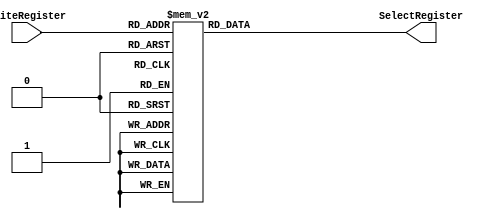
/******************************************************************
* Description
*	This a decoder used in the register file.
*	1.0
* Author:
*	Dr. Jos Luis Pizano Escalante
* email:
*	luispizano@iteso.mx
* Date:
*	01/03/2014
******************************************************************/
module DecoderRegisterFile
(
	input [4:0] WriteRegister,
	output [31:0] SelectRegister
);
reg [31:0] SelectRegister_reg;

always@(*)begin
	case(WriteRegister)
		0:   SelectRegister_reg = 32'b0000_0000_0000_0000_0000_0000_0000_0001;
		1:	  SelectRegister_reg = 32'b0000_0000_0000_0000_0000_0000_0000_0010;
		2:	  SelectRegister_reg = 32'b0000_0000_0000_0000_0000_0000_0000_0100;
		3:	  SelectRegister_reg = 32'b0000_0000_0000_0000_0000_0000_0000_1000;
		4:	  SelectRegister_reg = 32'b0000_0000_0000_0000_0000_0000_0001_0000;		
		5:	  SelectRegister_reg = 32'b0000_0000_0000_0000_0000_0000_0010_0000;
		6:	  SelectRegister_reg = 32'b0000_0000_0000_0000_0000_0000_0100_0000;
		7:	  SelectRegister_reg = 32'b0000_0000_0000_0000_0000_0000_1000_0000;
		8:	  SelectRegister_reg = 32'b0000_0000_0000_0000_0000_0001_0000_0000;
		9:	  SelectRegister_reg = 32'b0000_0000_0000_0000_0000_0010_0000_0000;
		10:  SelectRegister_reg = 32'b0000_0000_0000_0000_0000_0100_0000_0000;
		11:  SelectRegister_reg = 32'b0000_0000_0000_0000_0000_1000_0000_0000;
		12:  SelectRegister_reg = 32'b0000_0000_0000_0000_0001_0000_0000_0000;
		13:  SelectRegister_reg = 32'b0000_0000_0000_0000_0010_0000_0000_0000;
		14:  SelectRegister_reg = 32'b0000_0000_0000_0000_0100_0000_0000_0000;
		15:  SelectRegister_reg = 32'b0000_0000_0000_0000_1000_0000_0000_0000;
		16:  SelectRegister_reg = 32'b0000_0000_0000_0001_0000_0000_0000_0000;
		17:  SelectRegister_reg = 32'b0000_0000_0000_0010_0000_0000_0000_0000;
		18:  SelectRegister_reg = 32'b0000_0000_0000_0100_0000_0000_0000_0000;
		19:  SelectRegister_reg = 32'b0000_0000_0000_1000_0000_0000_0000_0000;
		20:  SelectRegister_reg = 32'b0000_0000_0001_0000_0000_0000_0000_0000;
		21:  SelectRegister_reg = 32'b0000_0000_0010_0000_0000_0000_0000_0000;		
		22:  SelectRegister_reg = 32'b0000_0000_0100_0000_0000_0000_0000_0000;
		23:  SelectRegister_reg = 32'b0000_0000_1000_0000_0000_0000_0000_0000;
		24:  SelectRegister_reg = 32'b0000_0001_0000_0000_0000_0000_0000_0000;
		25:  SelectRegister_reg = 32'b0000_0010_0000_0000_0000_0000_0000_0000;
		26:  SelectRegister_reg = 32'b0000_0100_0000_0000_0000_0000_0000_0000;
		27:  SelectRegister_reg = 32'b0000_1000_0000_0000_0000_0000_0000_0000;
		28:  SelectRegister_reg = 32'b0001_0000_0000_0000_0000_0000_0000_0000;
		29:  SelectRegister_reg = 32'b0010_0000_0000_0000_0000_0000_0000_0000;
		30:  SelectRegister_reg = 32'b0100_0000_0000_0000_0000_0000_0000_0000;
		31:  SelectRegister_reg = 32'b1000_0000_0000_0000_0000_0000_0000_0000;
	endcase
end

assign SelectRegister = SelectRegister_reg;




endmodule